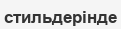
стильдерінде